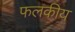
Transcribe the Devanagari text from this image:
फलकीय